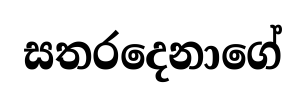
සතරදෙනාගේ